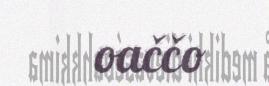
oaččo